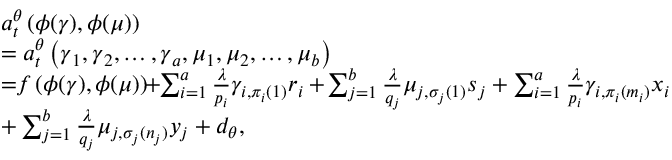
\begin{array} { r l } & { a _ { t } ^ { \theta } \left( \phi ( \gamma ) , \phi ( \mu ) \right) } \\ & { = a _ { t } ^ { \theta } \left( \boldsymbol { \gamma } _ { { 1 } } , \boldsymbol { \gamma } _ { { 2 } } , \ldots , \boldsymbol { \gamma } _ { { a } } , \boldsymbol { \mu } _ { { 1 } } , \boldsymbol { \mu } _ { { 2 } } , \ldots , \boldsymbol { \mu } _ { b } \right) } \\ & { = \! \! f \left( \phi ( \gamma ) , \phi ( \mu ) \right) \! \! + \! \! \sum _ { i = 1 } ^ { a } \frac { \lambda } { p _ { i } } \gamma _ { i , \pi _ { i } ( 1 ) } { r _ { i } } + \! \sum _ { j = 1 } ^ { b } \frac { \lambda } { q _ { j } } \mu _ { j , \sigma _ { j } ( 1 ) } { s _ { j } } + \sum _ { i = 1 } ^ { a } \frac { \lambda } { p _ { i } } \gamma _ { i , \pi _ { i } ( m _ { i } ) } { x _ { i } } } \\ & { + \sum _ { j = 1 } ^ { b } \frac { \lambda } { q _ { j } } \mu _ { j , \sigma _ { j } ( n _ { j } ) } { y _ { j } } + d _ { \theta } , } \end{array}